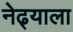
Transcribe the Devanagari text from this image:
नेढ्याला